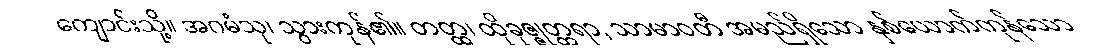
ကျောင်းသို့။ အဂမံသု၊ သွားကုန်၏။ တတ္ထ၊ ထိုခုဇ္ဇုတ္တရာ, သာမာဝတီ အမည်ရှိသော နှစ်ယောက်ကုန်သော